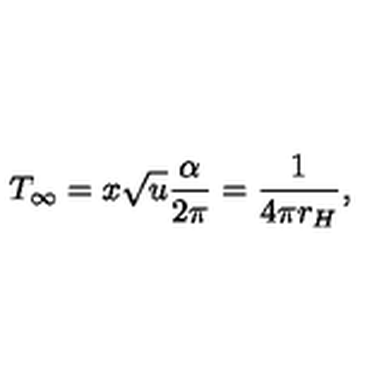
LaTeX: T _ { \infty } = x \sqrt { u } { \frac { \alpha } { 2 \pi } } = { \frac { 1 } { 4 \pi r _ { H } } } ,